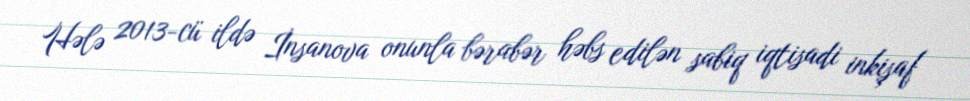
Hələ 2013-cü ildə İnsanova onunla bərabər həbs edilən sabiq iqtisadi inkişaf